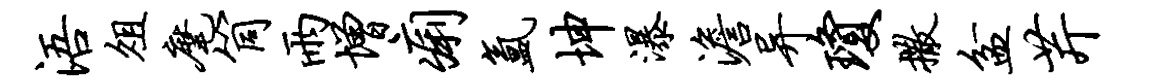
浯俎麾筒雨增痢氲坤瀑澹异琼撒盆芹